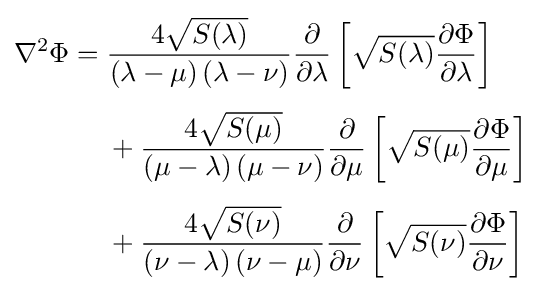
{\begin{aligned}\nabla ^{2}\Phi ={}&{\frac {4{\sqrt {S(\lambda )}}}{\left(\lambda -\mu \right)\left(\lambda -\nu \right)}}{\frac {\partial }{\partial \lambda }}\left[{\sqrt {S(\lambda )}}{\frac {\partial \Phi }{\partial \lambda }}\right]\\[1ex]&+{\frac {4{\sqrt {S(\mu )}}}{\left(\mu -\lambda \right)\left(\mu -\nu \right)}}{\frac {\partial }{\partial \mu }}\left[{\sqrt {S(\mu )}}{\frac {\partial \Phi }{\partial \mu }}\right]\\[1ex]&+{\frac {4{\sqrt {S(\nu )}}}{\left(\nu -\lambda \right)\left(\nu -\mu \right)}}{\frac {\partial }{\partial \nu }}\left[{\sqrt {S(\nu )}}{\frac {\partial \Phi }{\partial \nu }}\right]\end{aligned}}